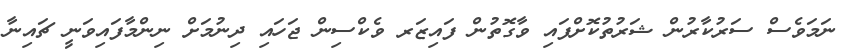
ނަމަވެސް ސަރުކާރުން ޝަރުތުކޮށްފައި ވާގޮތުން ފައިޒަރ ވެކްސިން ޖަހައި ދިނުމަށް ނިންމާފައިވަނީ ޗައިނާ